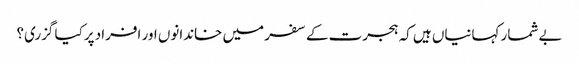
بے شمار کہانیاں ہیں کہ ہجرت کے سفر میں خاندانوں اور افراد پرکیا گزری؟